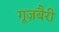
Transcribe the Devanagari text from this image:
गूज़बैरी